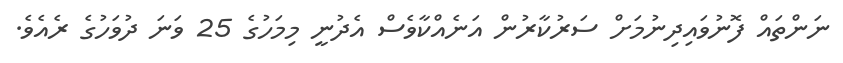
ނަންތައް ފޮނުވައިދިނުމަށް ސަރުކާރުން އަނެއްކާވެސް އެދުނީ މިމަހުގެ 25 ވަނަ ދުވަހުގެ ރެއެވެ.